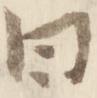
曰